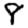
Digit: 8